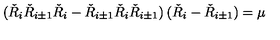
( \check { R } _ { i } \check { R } _ { i \pm 1 } \check { R } _ { i } - \check { R } _ { i \pm 1 } \check { R } _ { i } \check { R } _ { i \pm 1 } ) \: ( \check { R } _ { i } - \check { R } _ { i \pm 1 } ) = \mu